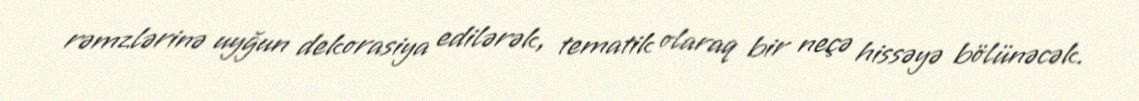
rəmzlərinə uyğun dekorasiya edilərək, tematik olaraq bir neçə hissəyə bölünəcək.